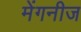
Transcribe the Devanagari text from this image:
मेंगनीज